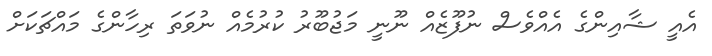
އެއީ ޝާއިންގެ އެއްވެސް ނުފޫޒެއް ނޫނީ މަޖުބޫރު ކުރުމެއް ނުވަތަ ރިހާންގެ މައްޗަކަށް